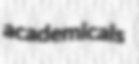
academicals